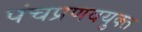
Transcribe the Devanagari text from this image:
पंचप्रणवयुक्त